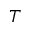
T